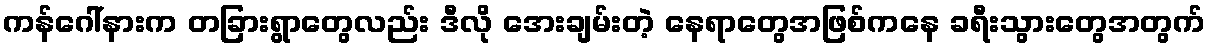
ကန်ဂေါ်နားက တခြားရွာတွေလည်း ဒီလို အေးချမ်းတဲ့ နေရာတွေအဖြစ်ကနေ ခရီးသွားတွေအတွက်